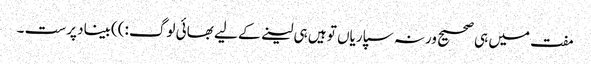
مفت میں ہی صحیح ورنہ سپاریاں تو ہیں ہی لینے کے لیے بھائی لوگ :))بیناد پرست ۔